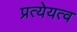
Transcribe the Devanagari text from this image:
प्रत्येयत्व